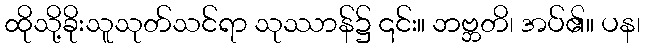
ထိုသို့ခိုးသူသုတ်သင်ရာ သုဿာန်၌ ၎င်း။ ဘဗ္ဘတိ၊ အပ်၏။ ပန၊